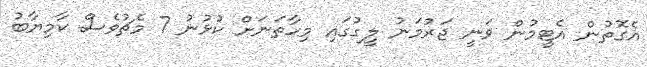
އެގޮތުން އެޓީމުން ވަނީ ޖަރުމަނު ލީގުގައި މިހާތަނަށް ކުޅުނު 7 މެޗުވެސް ކާމިޔާބު